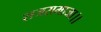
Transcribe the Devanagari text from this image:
राजसमाजा।।